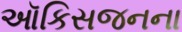
ઑકિસજનના